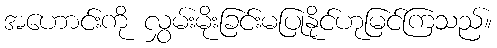
အဟောင်းကို လွှမ်းမိုးခြင်းမပြုနိုင်ဟုမြင်ကြသည်။